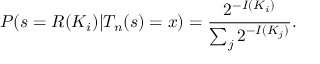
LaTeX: P ( s = R ( K _ { i } ) | T _ { n } ( s ) = x ) = { \frac { 2 ^ { - I ( K _ { i } ) } } { \sum _ { j } 2 ^ { - I ( K _ { j } ) } } } .